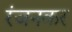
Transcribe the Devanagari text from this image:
रंजनकर